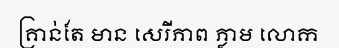
គ្រាន់តែ មាន សេរីភាព ភ្លាម លោក